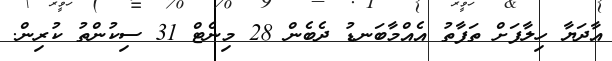
އާދަޔާ ހިލާފަށް ތަފާތު އެއްމާބަނޑު ދެބެން 28 މިނެޓް 31 ސިކުންތު ކުރިން.